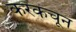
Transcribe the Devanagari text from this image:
करकचून